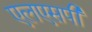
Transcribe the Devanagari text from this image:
एलएसपी